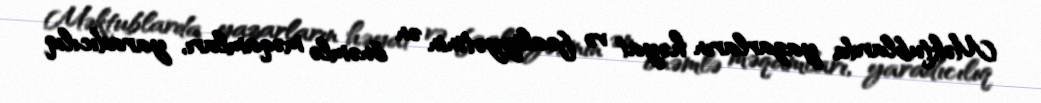
Məktublarda yazarların həyat və fəaliyyətinin ən önəmlə məqamları, yaradıcılıq